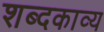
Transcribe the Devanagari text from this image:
शब्दकाव्य